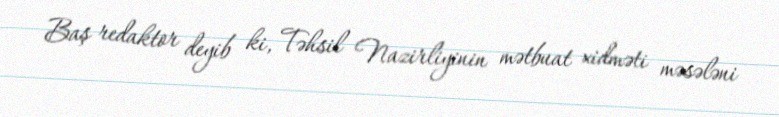
Baş redaktor deyib ki, Təhsil Nazirliyinin mətbuat xidməti məsələni